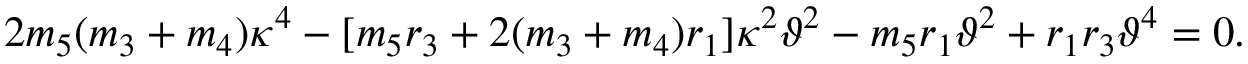
2 m _ { 5 } ( m _ { 3 } + m _ { 4 } ) \kappa ^ { 4 } - [ m _ { 5 } r _ { 3 } + 2 ( m _ { 3 } + m _ { 4 } ) r _ { 1 } ] \kappa ^ { 2 } \vartheta ^ { 2 } - m _ { 5 } r _ { 1 } \vartheta ^ { 2 } + r _ { 1 } r _ { 3 } \vartheta ^ { 4 } = 0 .